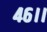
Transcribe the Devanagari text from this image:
४६।।